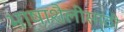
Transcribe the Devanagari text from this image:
भाषाशैलीसाठी